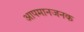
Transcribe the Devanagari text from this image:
आपमानजनक